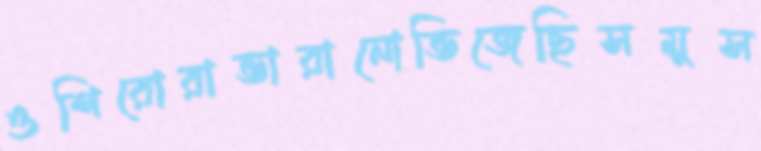
ওশিরোরাভারানোভিজেছিসমুস